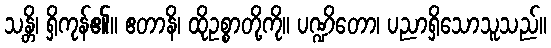
သန္တိ၊ ရှိကုန်၏။ ဧတာနိ၊ ထိုဥစ္စာတို့ကို။ ပဏ္ဍိတော၊ ပညာရှိသောသူသည်။